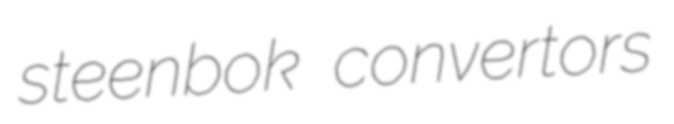
steenbok convertors